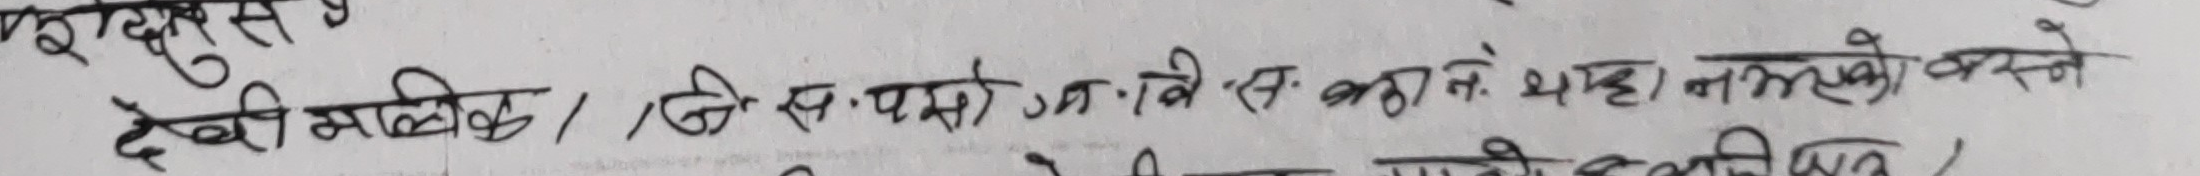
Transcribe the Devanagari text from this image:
देवी मलिक । एन. एस. पर्सो. स. सर्विस् कहाले थाहा भएको कसले